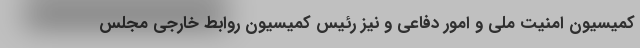
کمیسیون امنیت ملی و امور دفاعی و نیز رئیس کمیسیون روابط خارجی مجلس